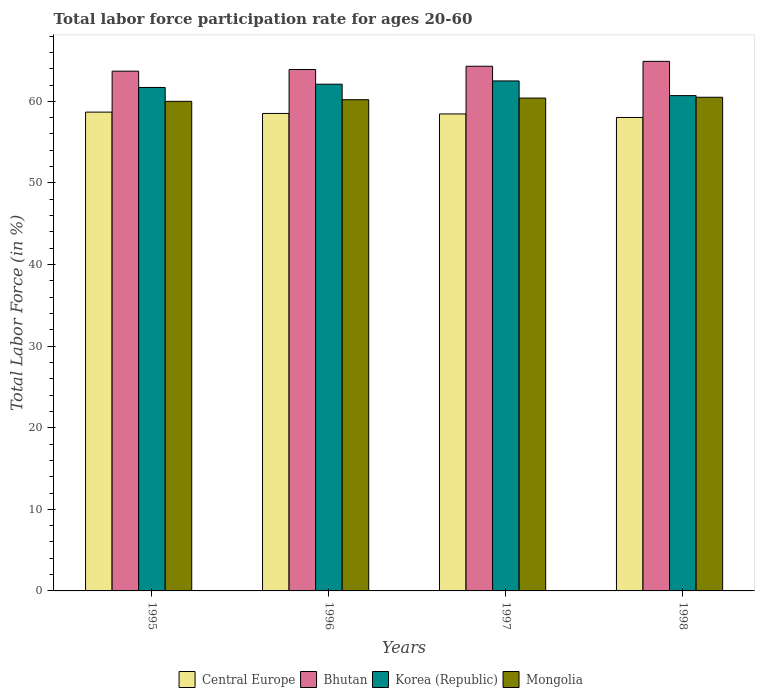
| Years | Central Europe | Bhutan | Korea (Republic) | Mongolia |
 | --- | --- | --- | --- | --- |
 | 1995 | 58.7 | 63.7 | 61.7 | 60 |
 | 1996 | 58.5 | 63.9 | 62.1 | 60.2 |
 | 1997 | 58.5 | 64.3 | 62.5 | 60.4 |
 | 1998 | 58 | 64.9 | 60.7 | 60.5 |